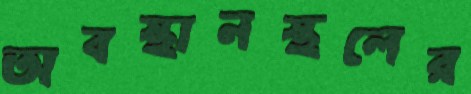
অবস্থানস্থলের